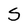
Character: S